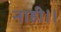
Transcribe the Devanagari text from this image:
नाही।।